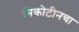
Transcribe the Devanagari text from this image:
निकोटीनचा